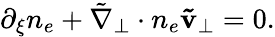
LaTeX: \begin{array}{r}{\partial_{\xi}n_{e}+\tilde{\nabla}_{\perp}\cdot n_{e}\mathbf{\tilde{v}}_{\perp}=0.}\end{array}